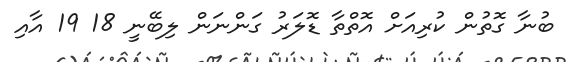
ބުނާ ގޮތުން ކުރިއަށް އޮތްތާ ޑޮލަރު ގަންނަން ލިބޭނީ 18 19 އާއި